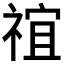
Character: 𬓇